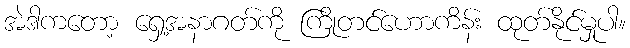
အဲဒါကတော့ ရှေ့အနာဂတ်ကို ကြိုတင်ဟောကိန်း ထုတ်နိုင်မှုပါ။